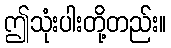
ဤသုံးပါးတို့တည်း။